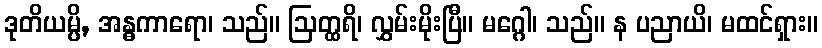
ဒုတိယမ္ပိ, အန္ဓကာရော၊ သည်။ ဩတ္ထရိ၊ လွှမ်းမိုးပြီ။ မဂ္ဂေါ၊ သည်။ န ပညာယိ၊ မထင်ရှား။